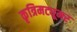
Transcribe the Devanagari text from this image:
कृत्रिमट्यूमर